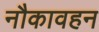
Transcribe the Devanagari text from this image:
नौकावहन